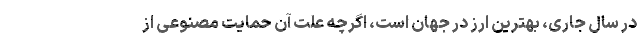
در سال جاری، بهترین ارز در جهان است، اگرچه علت آن حمایت مصنوعی از